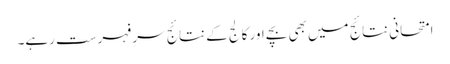
امتحانی نتائج میں بھی بچے اور کالج کے نتائج سرِ فہرست رہے۔